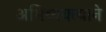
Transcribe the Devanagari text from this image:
अभिव्यक्त्याने